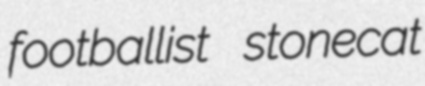
footballist stonecat